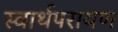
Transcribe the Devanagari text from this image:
स्वार्थपरायण